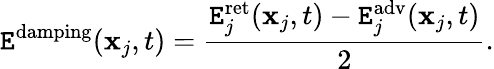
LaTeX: \mathtt{E}^{\mathrm{{damping}}}(\mathbf{{x}}_{j},t)={\frac{{\mathtt{E}_{j}^{\mathrm{{ret}}}(\mathbf{{x}}_{j},t)-\mathtt{E}_{j}^{\mathrm{{adv}}}(\mathbf{{x}}_{j},t)}}{{2}}}.